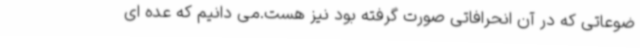
ضوعاتی که در آن انحرافاتی صورت گرفته بود نیز هست.می دانیم که عده ای